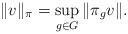
\begin{align*}\Vert v\Vert_\pi=\sup_{g\in G } \Vert \pi_g v\Vert.\end{align*}